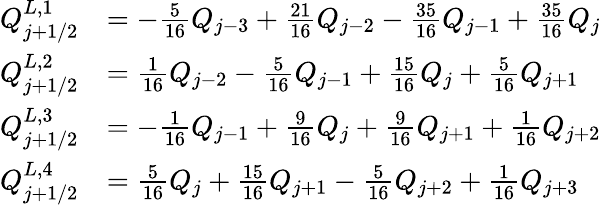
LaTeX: \begin{array}{rl}{Q_{j+1/2}^{L,1}}&{=-\frac{5}{16}Q_{j-3}+\frac{21}{16}Q_{j-2}-\frac{35}{16}Q_{j-1}+\frac{35}{16}Q_{j}}\\ {Q_{j+1/2}^{L,2}}&{=\frac{1}{16}Q_{j-2}-\frac{5}{16}Q_{j-1}+\frac{15}{16}Q_{j}+\frac{5}{16}Q_{j+1}}\\ {Q_{j+1/2}^{L,3}}&{=-\frac{1}{16}Q_{j-1}+\frac{9}{16}Q_{j}+\frac{9}{16}Q_{j+1}+\frac{1}{16}Q_{j+2}}\\ {Q_{j+1/2}^{L,4}}&{=\frac{5}{16}Q_{j}+\frac{15}{16}Q_{j+1}-\frac{5}{16}Q_{j+2}+\frac{1}{16}Q_{j+3}}\end{array}